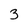
Character: 3